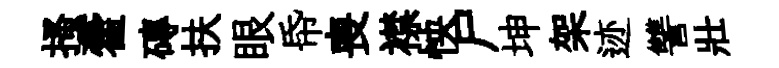
搔藿磚扶眼帋喪襟怏尸坤架迹讐壯